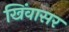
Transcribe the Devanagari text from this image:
खिंवासर